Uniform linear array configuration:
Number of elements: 64
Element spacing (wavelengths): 0.5
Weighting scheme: blackman
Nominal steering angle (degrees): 0
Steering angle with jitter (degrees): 0.8398
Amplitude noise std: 0.05
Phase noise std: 0.05

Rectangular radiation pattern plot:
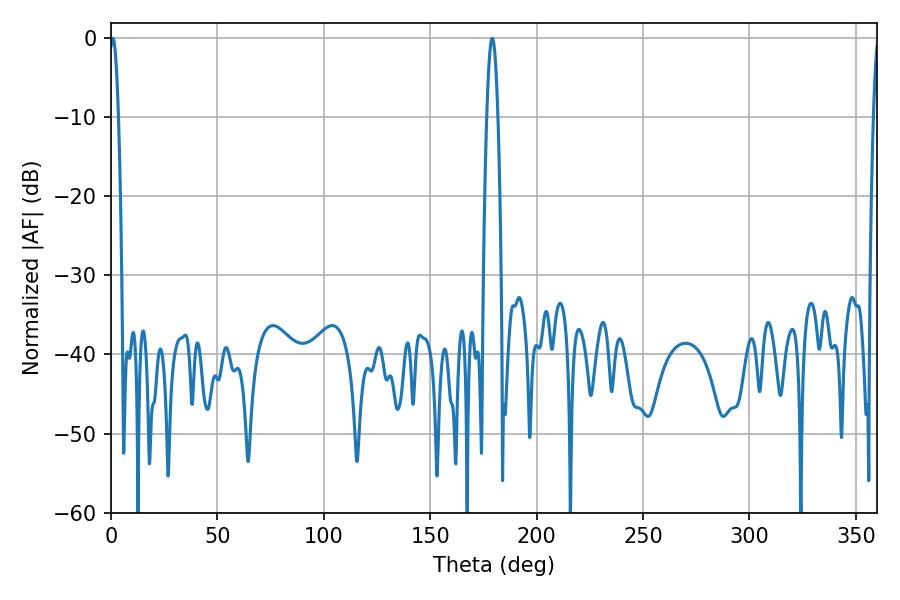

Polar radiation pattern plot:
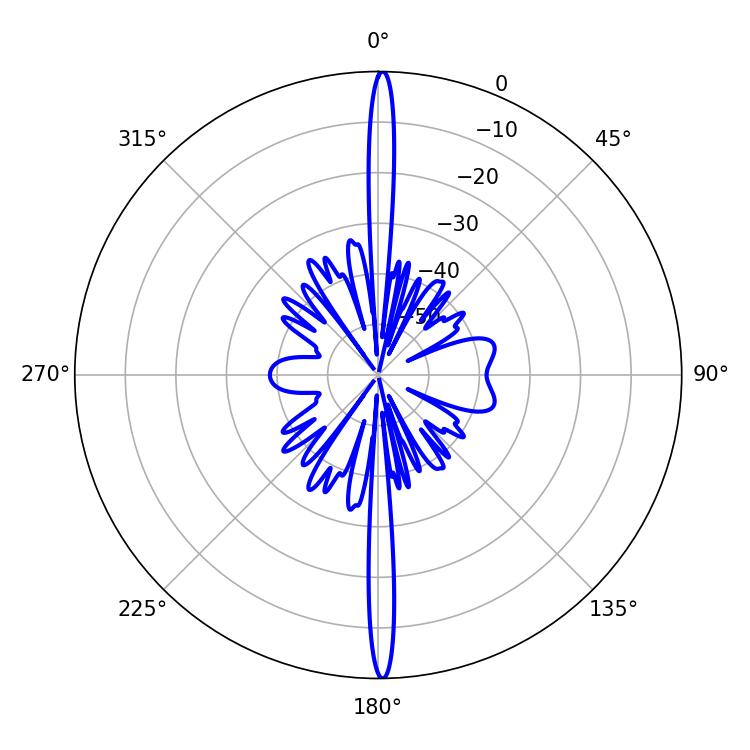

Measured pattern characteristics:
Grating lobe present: FALSE
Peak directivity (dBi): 30.939
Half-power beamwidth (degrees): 2.34
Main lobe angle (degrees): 0.9